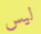
ليس